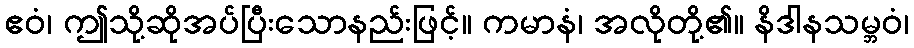
ဧဝံ၊ ဤသို့ဆိုအပ်ပြီးသောနည်းဖြင့်။ ကမာနံ၊ အလိုတို့၏။ နိဒါနသမ္ဘဝံ၊